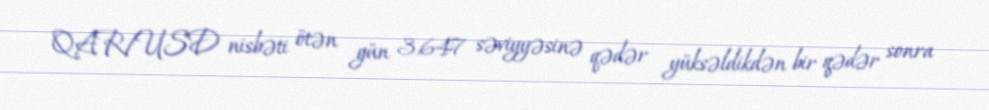
QAR/USD nisbəti ötən gün 3,647 səviyyəsinə qədər yüksəldikdən bir qədər sonra